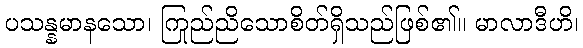
ပသန္နမာနသော၊ ကြည်ညိုသောစိတ်ရှိသည်ဖြစ်၏။ မာလာဒီဟိ၊